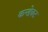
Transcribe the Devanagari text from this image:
कन्डेक्ट